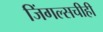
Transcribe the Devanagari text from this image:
जिंगल्सचीही